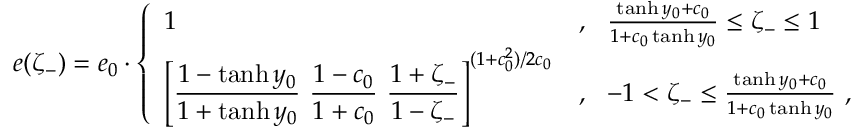
e ( \zeta _ { - } ) = e _ { 0 } \cdot \left\{ \begin{array} { l l } { { 1 } } & { { , ~ ~ \frac { \operatorname { t a n h } y _ { 0 } + c _ { 0 } } { 1 + c _ { 0 } \operatorname { t a n h } y _ { 0 } } \leq \zeta _ { - } \leq 1 } } \\ { { { \displaystyle \left[ \frac { 1 - \operatorname { t a n h } y _ { 0 } } { 1 + \operatorname { t a n h } y _ { 0 } } ~ \frac { 1 - c _ { 0 } } { 1 + c _ { 0 } } ~ \frac { 1 + \zeta _ { - } } { 1 - \zeta _ { - } } \right] } ^ { ( 1 + c _ { 0 } ^ { 2 } ) / 2 c _ { 0 } } } } & { { , ~ ~ - 1 < \zeta _ { - } \leq \frac { \operatorname { t a n h } y _ { 0 } + c _ { 0 } } { 1 + c _ { 0 } \operatorname { t a n h } y _ { 0 } } ~ , } } \end{array} \right.